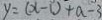
y = ( x - 1 ) + a - 3